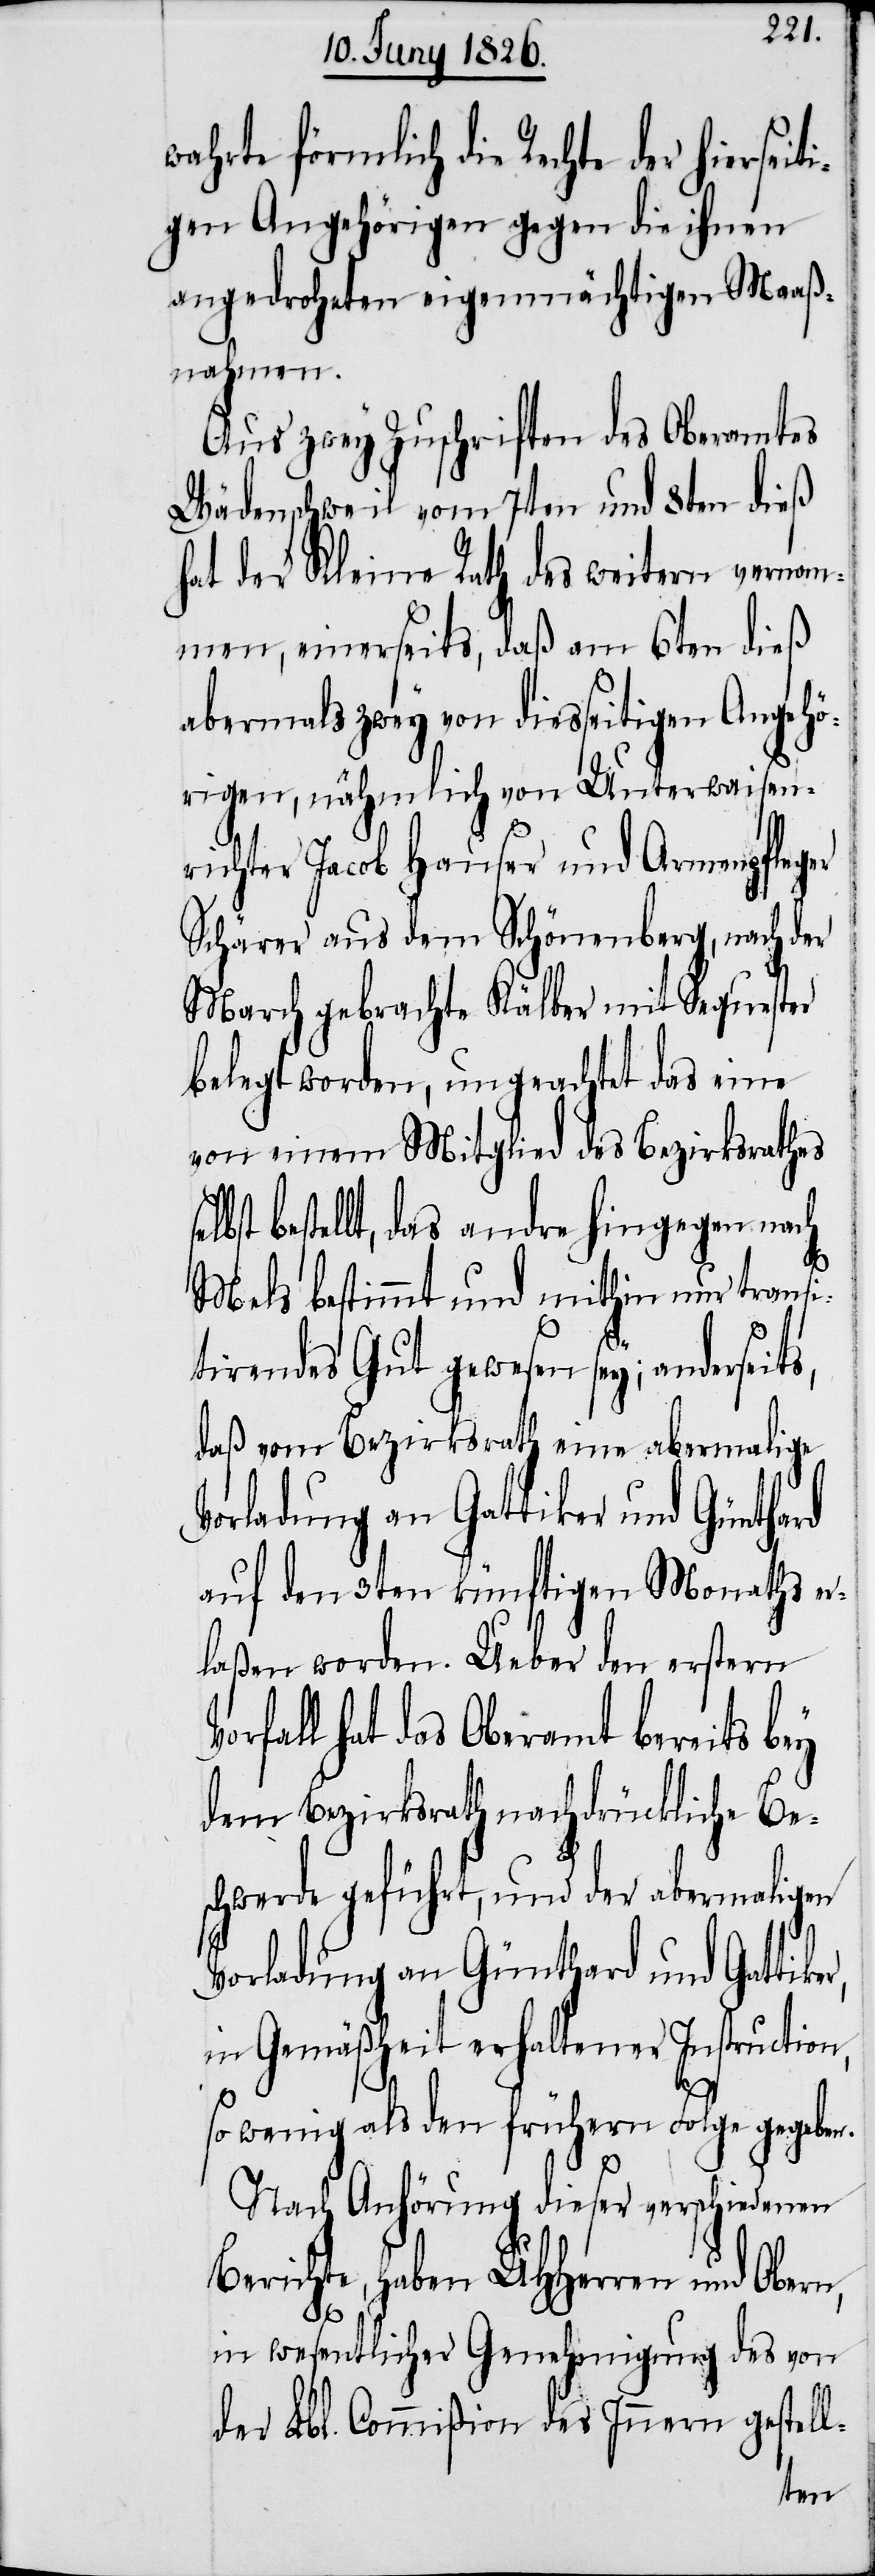
wahrte förmlich die Rechte der hierseit¬
igen Angehörigen gegen die ihnen
angedroheten eigenmächtigen Maaß¬
nahmen.
Aus zwey Zuschriften des Oberamtes
Wädenschweil vom 7ten und 8ten dieß
hat der Kleine Rath des weitern vernom¬
men, einerseits, daß am 6ten dieß
abermals zwey von diesseitigen Angehö¬
rigen, nähmlich von Unterwaisen¬
richter Jacob Hauser und Armenpfleg¬
Schärer aus dem Schönenberg, nach der
March gebrachte Kälber mit Sequester
belegt worden, ungeachtet das eine
von einem Mitglied des Bezirksrathes
bestellt, das andre hingegen nach
Mels bestimmt und mithin nur transi¬
tirendes Gut gewesen sey; anderseit¬
daß vom Bezirksrath eine abermalige
Vorladung an Gattiker und Güntha¬
auf den 3ten künftigen Monaths er¬
laßen worden. Ueber den erstern
fall hat das Oberamt bereits bey
dem Bezirksrath nachdrückliche Be¬
schwerde geführt, und der abermaligen
Vorladung an Günthard und Gattik¬
in Gemäßheit erhaltener Instruction,
so wenig als den frühern Folge gegeben.
er,
Nach Anhörung dieser verschiedenen
Berichte, haben UHHerren und Obern,
in wesentlicher Genehmigung des von
der Lbl. Commißion des Innern gestell-